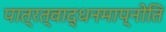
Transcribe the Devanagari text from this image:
पात्रत्वाद्धनमाप्नोति